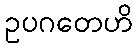
ဥပဂတေဟိ